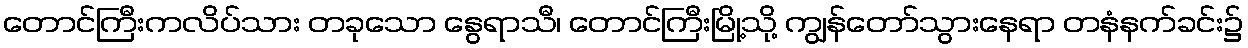
တောင်ကြီးကလိပ်သား တခုသော နွေရာသီ၊ တောင်ကြီးမြို့သို့ ကျွန်တော်သွားနေရာ တနံနက်ခင်း၌